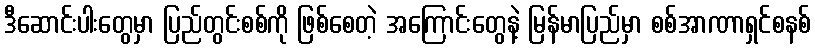
ဒီဆောင်းပါးတွေမှာ ပြည်တွင်းစစ်ကို ဖြစ်စေတဲ့ အကြောင်းတွေနဲ့ မြန်မာပြည်မှာ စစ်အာဏာရှင်စနစ်